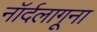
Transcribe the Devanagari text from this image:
नॉर्दलागूना